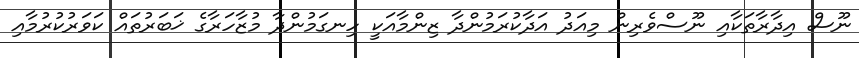
ނޫސް އިދާރާތަކާއި ނޫސްވެރިން މިއަދު އަދާކުރަމުންދާ ޒިންމާއަކީ ހިނގަމުންދާ މުޒާހަރާގެ ޚަބަރުތައް ކަވަރުކުރުމާއި